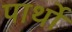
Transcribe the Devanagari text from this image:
पार्थो